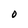
Character: 0